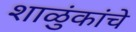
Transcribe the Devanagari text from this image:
शाळुंकांचे